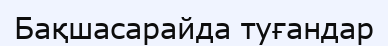
Бақшасарайда туғандар